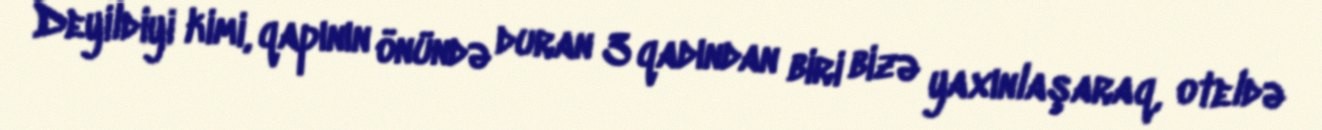
Deyildiyi kimi, qapının önündə duran 3 qadından biri bizə yaxınlaşaraq, oteldə